Standards of the constituents of the urine and blood and the bearing of the metabolism of Bengalis on the problems of nutrition - Number 34
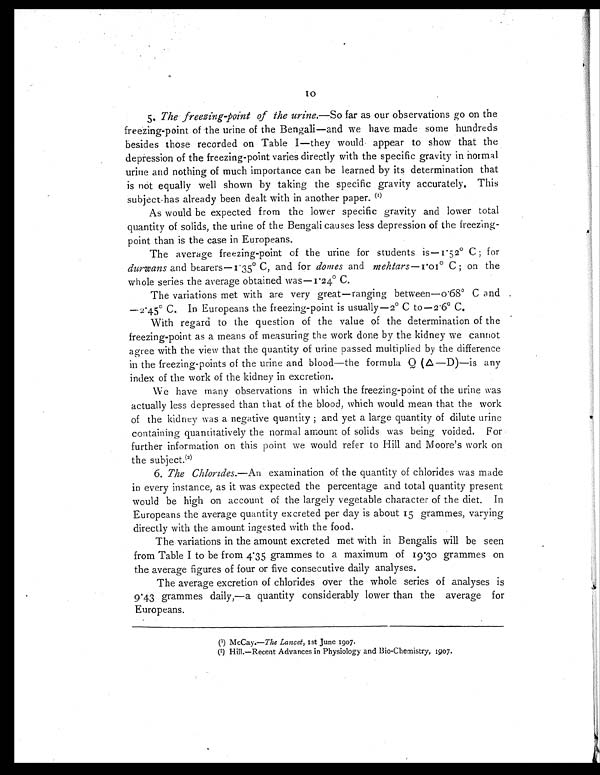
10
5. The freezing-point of the urine.—So far as our observations go on the
freezing-point of the urine of the Bengali—and we have made some hundreds
besides those recorded on Table I—they would appear to show that the
depression of the freezing-point varies directly with the specific gravity in normal
urine and nothing of much importance can he learned by its determination that
is not equally well shown by taking the specific gravity accurately. This
subject has already been dealt with in another paper. ( 1 )
As would be expected from the lower specific gravity and lower total
quantity of solids, the urine of the Bengali causes less depression of the freezing-
point than is the case in Europeans.
The average freezing-point of the urine for students is—1.52° C; for
durwans and bearers-1.35° C, and for domes and mehtars—1.01° C ; on the
whole series the average obtained was—1.24° C.
The variations met with are very great—ranging between—0.68º C and
—2.45° C. In Europeans the freezing-point is usually—2° C to—2.6° C.
With regard to the question of the value of the determination of the
freezing-point as a means of measuring the work done by the kidney we cannot
agree with the view that the quantity of urine passed multiplied by the difference
in the freezing-points of the urine and blood—the formula Q ( Δ —D)—is any
index of the work of the kidney in excretion.
We have many observations in which the freezing-point of the urine was
actually less depressed than that of the blood, which would mean that the work
of the kidney was a negative quantity ; and yet a large quantity of dilute urine
containing quantitatively the normal amount of solids was being voided. For
further information on this point we would refer to Hill and Moore's work on
the subject.(2)
6. The Chlorides.—An examination of the quantity of chlorides was made
in every instance, as it was expected the percentage and total quantity present
would be high on account of the largely vegetable character of the diet. In
Europeans the average quantity excreted per day is about 15 grammes, varying
directly with the amount ingested with the food.
The variations in the amount excreted met with in Bengalis will be seen
from Table I to be from 4.35 grammes to a maximum of 19 .30 grammes on
the average figures of four or five consecutive daily analyses.
The average excretion of chlorides over the whole series of analyses is
9.43 grammes daily,—a quantity considerably lower than the average for
Europeans.
(1) McCay.—The Lancet, 1st June 1907.
(2) Hill.—Recent Advances in Physiology and Bio-Chemistry, 1907.